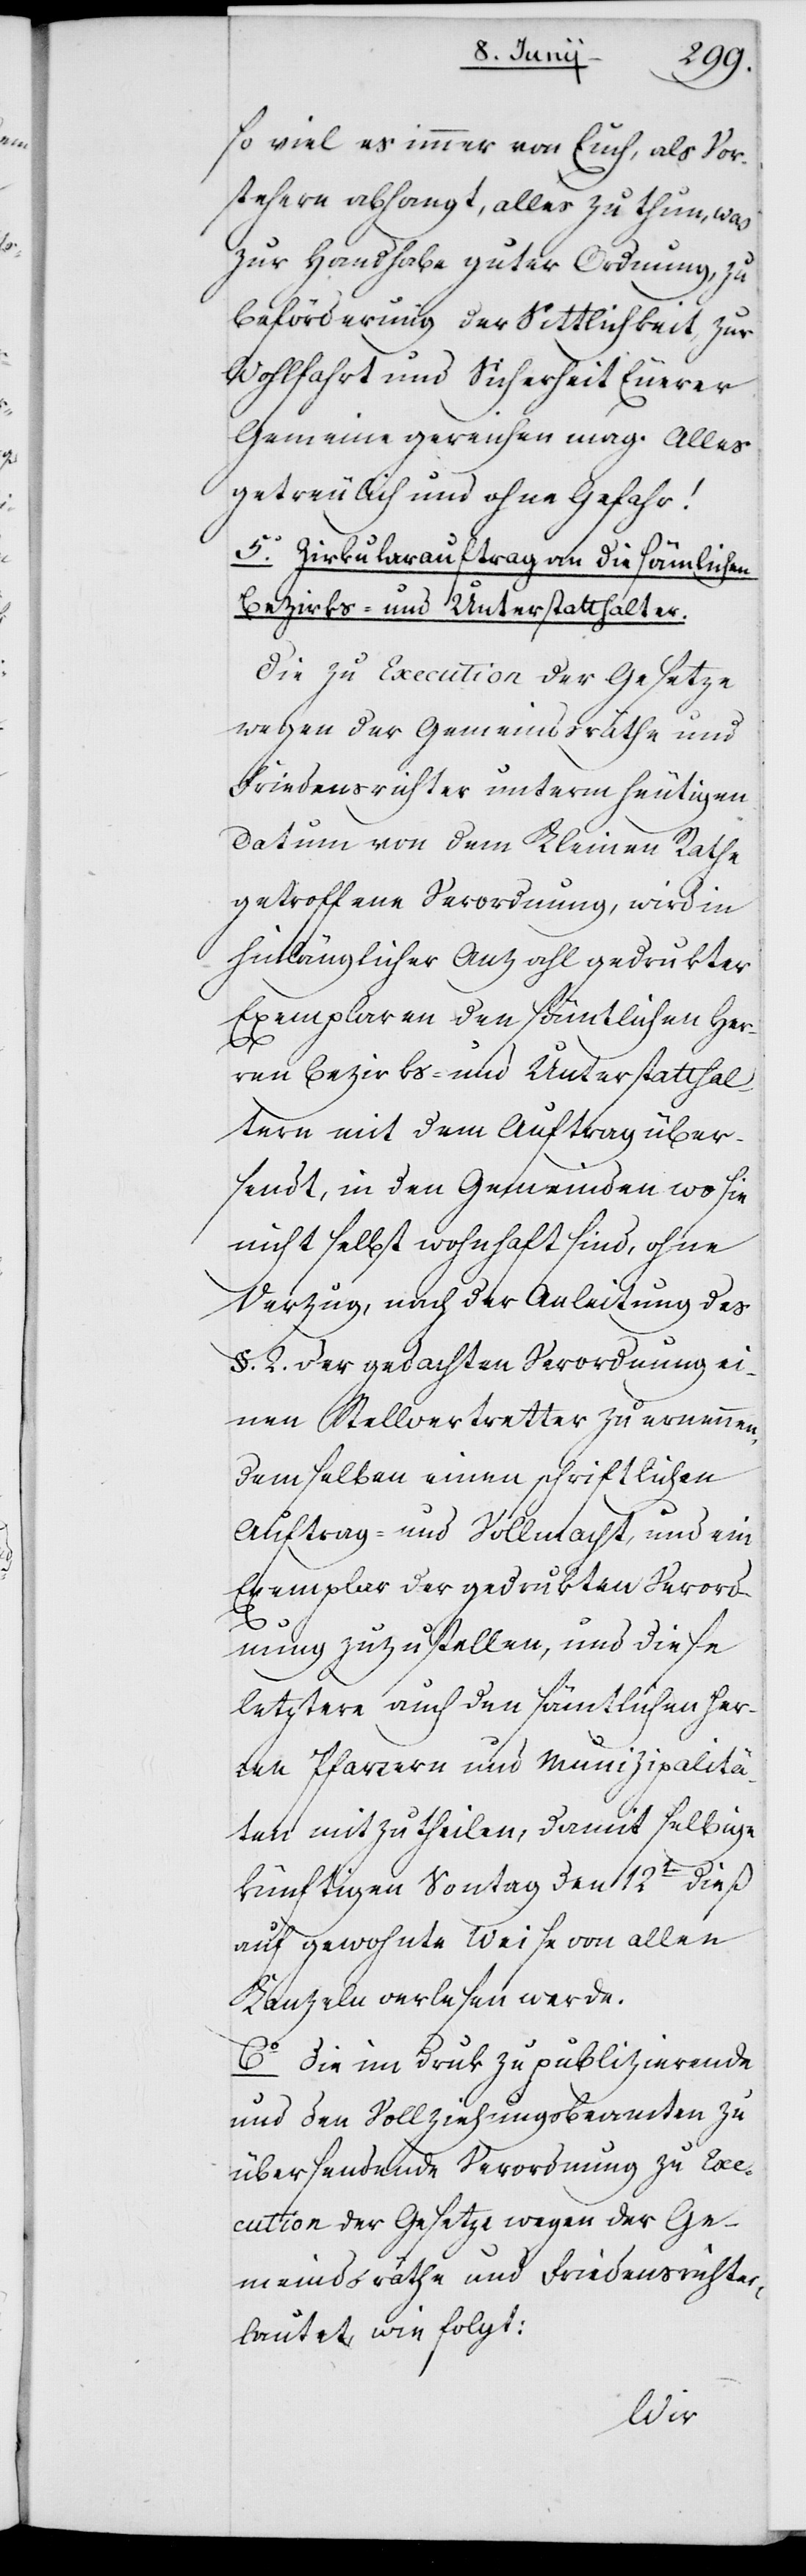
so viel es immer von Euch, als Vor¬
stehern abhangt, alles zu thun, was
zur Handhabe guter Ordnung, zu
Beförderung der Sittlichkeit, zur
Wohlfahrt und Sicherheit Eurer
Gemeine gereichen mag. Alles
getreulich und ohne Gefahr!
5o. Zirkularauftrag an die sämtlichen
Bezirks- und Unterstatthalter.
Die zu Execution der Gesetze
wegen der Gemeindsräthe und
Friedensrichter unterm heutigen
Datum von dem Kleinen Rathe
getroffene Verordnung, wird in
hinlänglicher Anzahl gedrukter
Exemplaren den sämtlichen Her¬
ren Bezirks- und Unterstatthal¬
tern mit dem Auftrag über¬
sendt, in den Gemeinden, wo sie
nicht selbst wohnhaft sind, ohne
Verzug nach der Anleitung des
§. 2. der gedachten Verordnung ei¬
nen Stellvertretter zu ernennen,
demselben einen schriftlichen
Auftrag – und Vollmacht, und ein
Exemplar der gedrukten Verord¬
nung zuzustellen, und diese
letztere auch den sämtlichen Her¬
ren Pfarrern und Munizipalitä¬
ten mitzutheilen, damit selbige
künftigen Sontag den 12ten dieß
auf gewohnte Weise von allen
Kanzeln verlesen werde.
6o Die im Druk zu publizierende
und den Vollziehungsbeamten zu
übersendende Verordnung zu Exe¬
cution der Gesetze wegen der Ge¬
meindsräthe und Friedensrichter
lautet wie folgt: